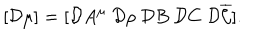
[ { \cal D } \mu ] = [ { \cal D } A ^ { \mu } ~ { \cal D } \rho ~ { \cal D } B ~ { \cal D } C ~ { \cal D } \overline { { { \cal C } } } ] .